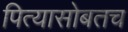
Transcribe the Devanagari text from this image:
पित्यासोबतच